Madras plague regulations and rules - Volume 2
Disease focus: Plague
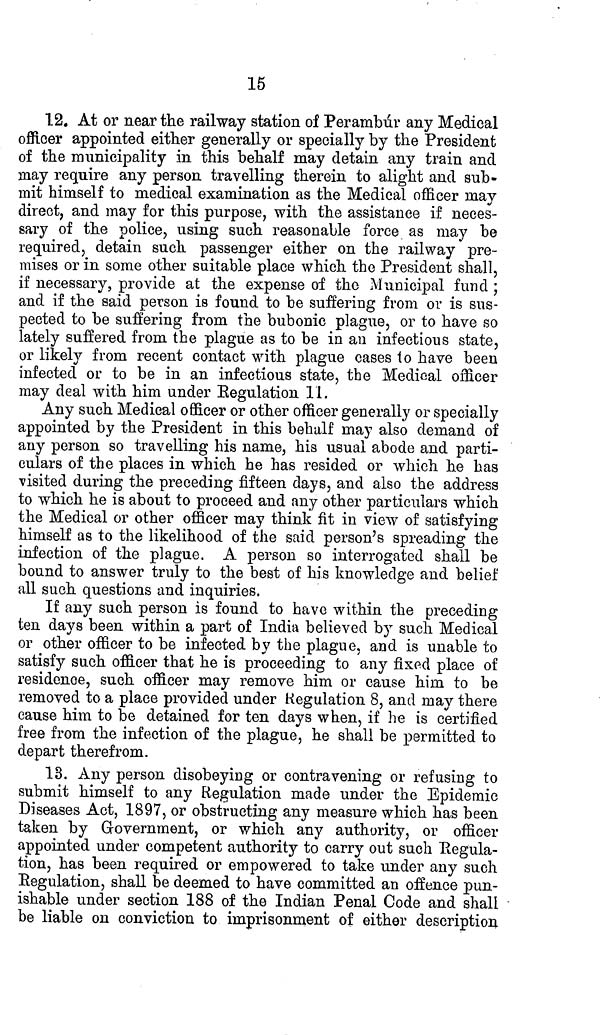
15
12. At or near the railway station of Perambúr any Medical
officer appointed either generally or specially by the President
of the municipality in this behalf may detain any train and
may require any person travelling therein to alight and sub-
mit himself to medical examination as the Medical officer may
direct, and may for this purpose, with the assistance if neces-
sary of the police, using such reasonable force as may be
required, detain such passenger either on the railway pre-
mises or in some other suitable place which the President shall,
if necessary, provide at the expense of the Municipal fund ;
and if the said person is found to be suffering from or is sus-
pected to be suffering from the bubonic plague, or to have so
lately suffered from the plague as to be in an infectious state,
or likely from recent contact with plague cases to have been
infected or to be in an infectious state, the Medical officer
may deal with him under Regulation 11.
Any such Medical officer or other officer generally or specially
appointed by the President in this behalf may also demand of
any person so travelling his name, his usual abode and parti-
culars of the places in which he has resided or which he has
visited during the preceding fifteen days, and also the address
to which he is about to proceed and any other particulars which
the Medical or other officer may think fit in view of satisfying
himself as to the likelihood of the said person's spreading the
infection of the plague. A person so interrogated shall be
bound to answer truly to the best of his knowledge and belief
all such questions and inquiries.
If any such person is found to have within the preceding
ten days been within a part of India believed by such Medical
or other officer to be infected by the plague, and is unable to
satisfy such officer that he is proceeding to any fixed place of
residence, such officer may remove him or cause him to be
removed to a place provided under Regulation 8, and may there
cause him to be detained for ten days when, if he is certified
free from the infection of the plague, he shall be permitted to
depart therefrom.
13. Any person disobeying or contravening or refusing to
submit himself to any Regulation made under the Epidemic
Diseases Act, 1897, or obstructing any measure which has been
taken by Government, or which any authority, or officer
appointed under competent authority to carry out such Regula-
tion, has been required or empowered to take under any such
Regulation, shall be deemed to have committed an offence pun-
ishable under section 188 of the Indian Penal Code and shall
be liable on conviction to imprisonment of either description